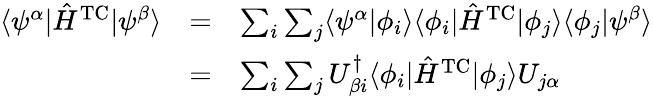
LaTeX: \begin{array}{ccl}{\langle\psi^{\alpha}|\hat{H}^{\mathrm{TC}}|\psi^{\beta}\rangle}&{=}&{\sum_{i}\sum_{j}\langle\psi^{\alpha}|\phi_{i}\rangle\langle\phi_{i}|\hat{H}^{\mathrm{TC}}|\phi_{j}\rangle\langle\phi_{j}|\psi^{\beta}\rangle}\\ &{=}&{\sum_{i}\sum_{j}U_{\beta i}^{\dagger}\langle\phi_{i}|\hat{H}^{\mathrm{TC}}|\phi_{j}\rangle U_{j\alpha}}\end{array}